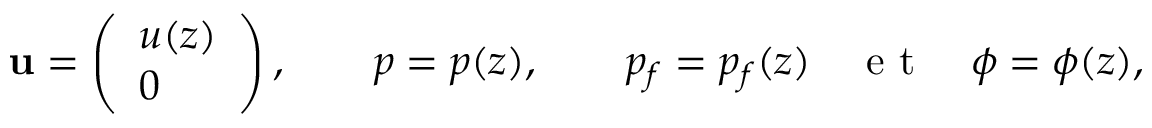
{ \bf u } = \left( \begin{array} { l } { u ( z ) } \\ { 0 } \end{array} \right) , \qquad p = p ( z ) , \qquad p _ { f } = p _ { f } ( z ) \quad \mathrm { ~ e ~ t ~ } \quad \phi = \phi ( z ) ,